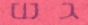
גש